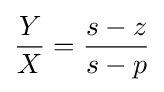
{\frac {Y}{X}}={\frac {s-z}{s-p}}